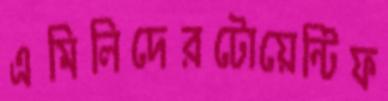
এমিলিদেরটোয়েন্টিফ